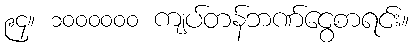
၉၄။ ၁၀၀၀၀၀၀ ကျပ်တန်ဘဏ်ငွေစာရင်း။